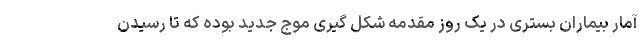
آمار بیماران بستری در یک روز مقدمه شکل گیری موج جدید بوده که تا رسیدن